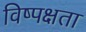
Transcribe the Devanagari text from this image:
विष्पक्षता